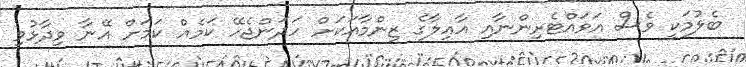
ބެލުމަކީ ވެސް އަވައްޓެރިންނާއި އާއިލާގެ ޒިންމާއަކަށް ހަދަންޖެހޭ ކަމެއް ކަމަށް އޭނާ ވިދާޅުވި